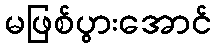
မဖြစ်ပွားအောင်